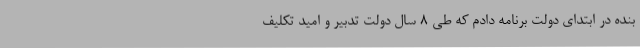
بنده در ابتدای دولت برنامه دادم که طی 8 سال دولت تدبیر و امید تکلیف